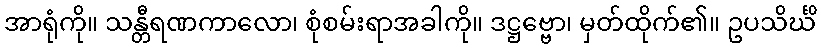
အာရုံကို။ သန္တီရဏကာလော၊ စုံစမ်းရာအခါကို။ ဒဋ္ဌဗ္ဗော၊ မှတ်ထိုက်၏။ ဥပသိင်္ဃိ